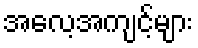
အလေ့အကျင့်များ